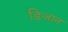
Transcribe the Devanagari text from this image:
डिजान